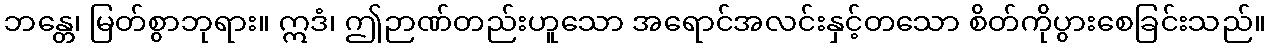
ဘန္တေ၊ မြတ်စွာဘုရား။ ဣဒံ၊ ဤဉာဏ်တည်းဟူသော အရောင်အလင်းနှင့်တသော စိတ်ကိုပွားစေခြင်းသည်။